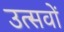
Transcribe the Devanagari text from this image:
उत्सवों